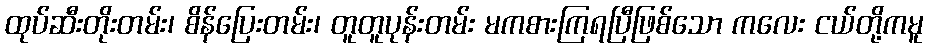
ထုပ်ဆီးတိုးတမ်း၊ စိန်ပြေးတမ်း၊ တူတူပုန်းတမ်း မကစားကြရပြီဖြစ်သော ကလေး ငယ်တို့ကမူ